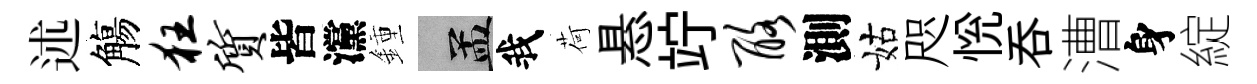
述觴狂质皆灙鍾汴我荷悬竚酪測姑咫恱吞漕身綻